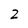
Character: 2